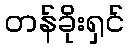
တန်ခိုးရှင်